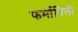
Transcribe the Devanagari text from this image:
फर्माविली